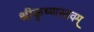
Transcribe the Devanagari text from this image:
श्रीकृष्णस्तवम्